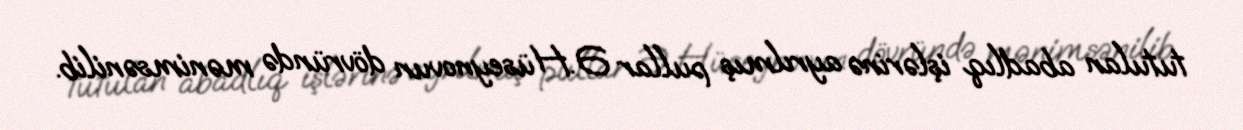
tutulan abadlıq işlərinə ayrılmış pullar Ə.Hüseynovun dövründə mənimsənilib.